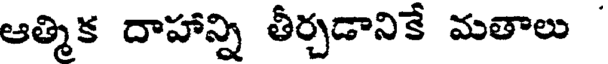
ఆత్మిక దాహాన్ని తీర్చడానికే మతాలు